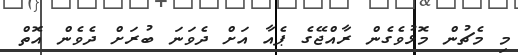
މި މެޗުން މޮޅުވެގެން ރާއްޖޭގެ ޕެއާ އަށް ދެވަނަ ބުރަށް ދެވެން އޮތް